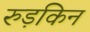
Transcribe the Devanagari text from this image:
रुड़किन